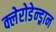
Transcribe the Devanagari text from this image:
क्लेरोडेन्ड्रान